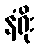
နံရိုး